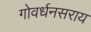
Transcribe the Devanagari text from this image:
गोवर्धनसराय